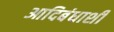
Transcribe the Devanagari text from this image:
आदिबंधाशी